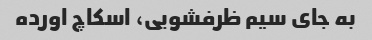
به جای سیم ظرفشویی، اسکاچ اورده